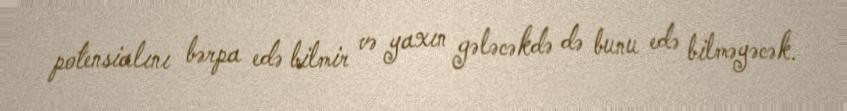
potensialını bərpa edə bilmir və yaxın gələcəkdə də bunu edə bilməyəcək.